Vaccination report Assam 1896-1927 - 1896-1927
Year: 1896
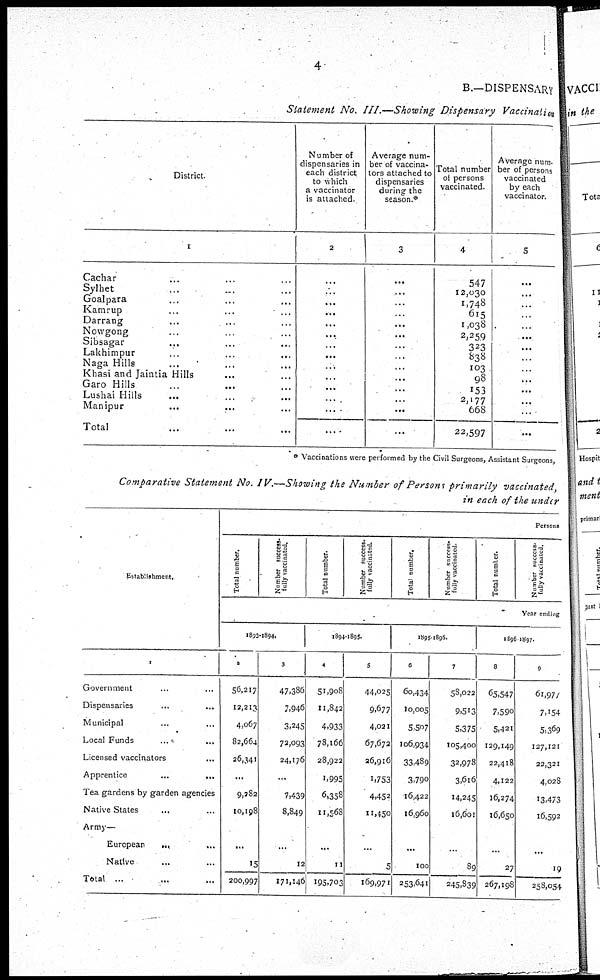
4
B.—DISPENSARY
Statement No. III.—Showing Dispensary Vaccination
District.
1
Cachar ... ... ...
Sylhet ... ... ...
Goalpara ... ... ...
Kamrup ... ... ...
Darrang ... ... ...
Nowgong ... ... ...
Sibsagar
...
...
...
Lakhimpur ... ... ...
Naga Hills ... ... ...
Khasi and Jaintia Hills ... ... ...
Garo Hills
...
... ...
Lushai Hills ... ... ...
Manipur ... ... ...
Total ... ... ...
Number of
dispensaries in
each district
to which
a vaccinator
is attached.
2
...
...
...
...
...
...
...
...
...
...
...
...
...
....
Average num-
ber of vaccina-
tors attached to
dispensaries
during the
season.*
3
...
...
...
...
...
...
...
...
...
...
...
...
...
...
Total number
of persons
vaccinated.
4
547
12,030
1,748
615
1,038
2,259
323
838
103
98
153
2,177
668
22,597
Average num¬
ber of persons
vaccinated
by each
vaccinator.
5
...
...
...
...
...
...
...
...
...
...
...
...
...
...
* Vaccinations were performed by the Civil Surgeons, Assistant Surgeons,
Comparative Statement No. IV.—Showing the Number of Persons primarily vaccinated,
in each of the under
Establishment.
1
Government ... ...
Dispensaries ... ...
Municipal ... ...
Local Funds ... ...
Licensed vaccinators ...
Apprentice
...
...
Tea gardens by garden agencies
Native States
... ...
Army—
European ... ...
Native ... ...
Total ... ... ...
Persons
Total number.
Number success¬
fully vaccinated.
Total number.
Number success¬
fully vaccinated.
Total number,
Number success¬
fully vaccinated.
Total number.
Number success¬
fully vaccinated.
Year ending
1893-1894.
2
56,217
12,213
4,067
82,664
26,341
...
9,282
10,198
...
15
200,997
3
47,386
7,946
3,245
72,093
24,176
...
7,439
8,849
...
12
171,146
1894-1895.
4
51,908
11,842
4,933
78,166
28,922
1,995
6,358
11,568
...
11
195,703
5
44,025
9,677
4,021
67,672
26,916
1,753
4,452
11,450
...
5
169,971
1895-1896.
6
60,434
10,005
5,507
106,934
33,489
3,790
16,422
16,960
...
100
253,641
7
58,022
9,513
5,375
105,400
32,978
3,616
14,245
16,601
...
89
245,839
1896 1897.
8
65,547
7,590
5,421
129,149
22,418
4,122
16,274
16,650
...
27
267,198
9
61,977
7,154
5,369
127,121
22,321
4,028
13,473
16,592
...
19
258,054